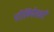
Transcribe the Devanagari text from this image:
पॉलियेस्चरों